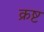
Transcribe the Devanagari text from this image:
क्रष्ट